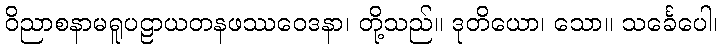
ဝိညာစနာမရူပဠာယတနဖဿဝေဒနာ၊ တို့သည်။ ဒုတိယော၊ သော။ သင်္ခေပေါ၊